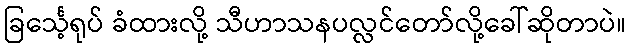
ခြင်္သေ့ရုပ် ခံထားလို့ သီဟာသနပလ္လင်တော်လို့ခေါ်ဆိုတာပဲ။